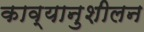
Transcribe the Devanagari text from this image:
काव्यानुशीलन